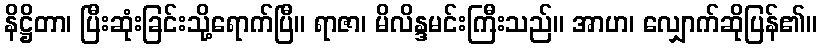
နိဋ္ဌိတာ၊ ပြီးဆုံးခြင်းသို့ရောက်ပြီ။ ရာဇာ၊ မိလိန္ဒမင်းကြီးသည်။ အာဟ၊ လျှောက်ဆိုပြန်၏။